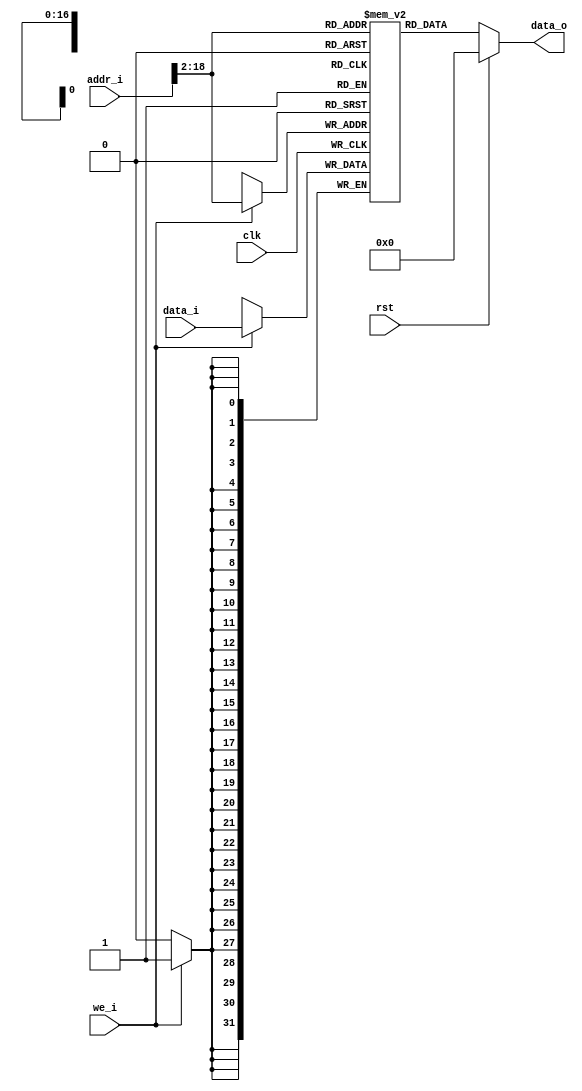
module data_ram(
    input wire clk,
    input wire rst,
    
    input wire we_i,
    input wire[31:0] addr_i,
    input wire[31:0] data_i,
    
    output reg[31:0] data_o
);
    
    reg[31:0] _ram[0:120071];
    integer i;
    initial begin
		_ram[16747] = 32'h00626261;
		_ram[16748] = 32'h00756f79;
		_ram[16749] = 32'h00746f6e;
		_ram[16750] = 32'h00007469;
		_ram[16751] = 32'h00646164;
		_ram[16752] = 32'h62626163;
		_ram[16753] = 32'h00006569;
		_ram[16754] = 32'h72756f79;
		_ram[16755] = 32'h00000000;
		_ram[16756] = 32'h69207449;
		_ram[16757] = 32'h74276e73;
		_ram[16758] = 32'h72656820;
		_ram[16759] = 32'h00000065;
		_ram[16760] = 32'h20747542;
		_ram[16761] = 32'h69207469;
		_ram[16762] = 32'h65682073;
		_ram[16763] = 32'h00006572;
		_ram[16764] = 32'h61646f68;
		_ram[16765] = 32'h00000064;
		_ram[16766] = 32'h686f6f79;
		_ram[16767] = 32'h00006f6f;
		_ram[16768] = 32'h00007878;
		_ram[16769] = 32'h00000078;
		_ram[16770] = 32'h0000002e;
		_ram[16771] = 32'h72206e49;
		_ram[16772] = 32'h6e656365;
		_ram[16773] = 32'h65792074;
		_ram[16774] = 32'h2c737261;
		_ram[16775] = 32'h65687420;
		_ram[16776] = 32'h65696620;
		_ram[16777] = 32'h6f20646c;
		_ram[16778] = 32'h68702066;
		_ram[16779] = 32'h6e6f746f;
		_ram[16780] = 32'h00206369;
		_ram[16781] = 32'h73797263;
		_ram[16782] = 32'h736c6174;
		_ram[16783] = 32'h73616820;
		_ram[16784] = 32'h756f6620;
		_ram[16785] = 32'h6e20646e;
		_ram[16786] = 32'h00007765;
		_ram[16787] = 32'h000105ac;
		_ram[16788] = 32'h000105b0;
		_ram[16789] = 32'h000105b4;
		_ram[16790] = 32'h000105b8;
		_ram[16791] = 32'h000105bc;
		_ram[16792] = 32'h00000000;
		_ram[16793] = 32'h000105c0;
		_ram[16794] = 32'h000105c8;
		_ram[16795] = 32'h000105d0;
		_ram[16796] = 32'h000105e0;
		_ram[16797] = 32'h000105f0;
		_ram[16798] = 32'h000105f8;
		_ram[16799] = 32'h000105f8;
		_ram[16800] = 32'h000105f8;
		_ram[16801] = 32'h000105f8;
		_ram[16802] = 32'h000105f8;
		_ram[16803] = 32'h00010600;
		_ram[16804] = 32'h00010604;
		_ram[16805] = 32'h00010608;
		_ram[16806] = 32'h0001060c;
		_ram[16807] = 32'h00010634;
		for(i=18436;i<18700;i=i+1)begin
		  _ram[i] = 0;
		end
		_ram[16357] = 32'h000105c0;
		_ram[16358] = 32'h000105c8;
    end
    always @ (posedge clk)begin
        if(we_i)begin
            _ram[addr_i[31:2]] <= data_i;
            
        end
    end
    
    always @ (*)begin
        if(rst)begin
            data_o = 0;
        end else begin
            data_o = _ram[addr_i[31:2]];
        end
    end
endmodule